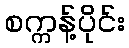
စက္ကန့်ပိုင်း